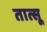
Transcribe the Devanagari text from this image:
तात्सू